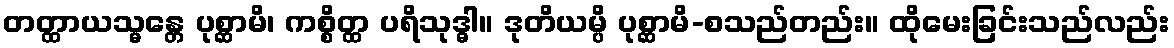
တတ္ထာယသ္မန္တေ ပုစ္ဆာမိ၊ ကစ္စိတ္ထ ပရိသုဒ္ဓါ။ ဒုတိယမ္ပိ ပုစ္ဆာမိ-စသည်တည်း။ ထိုမေးခြင်းသည်လည်း